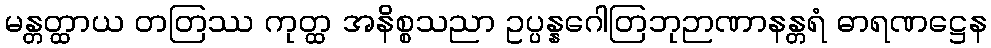
မန္တတ္ထာယ တတြဿ ကုတ္ထ အနိစ္စသညာ ဥပ္ပန္နဂေါတြဘုဉာဏာနန္တရံ ဓာရဏဋ္ဌေန